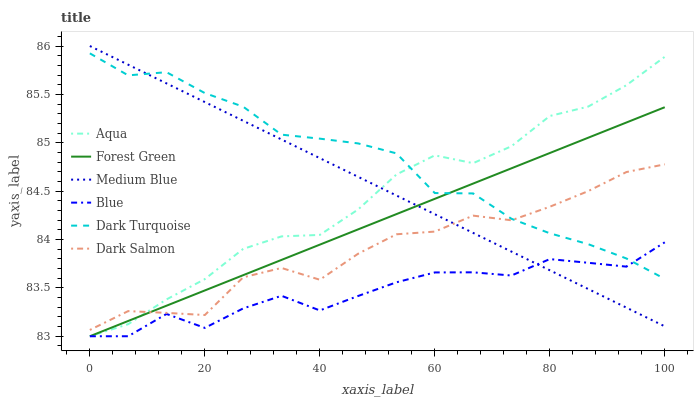
| xaxis_label | Aqua | Forest Green | Medium Blue | Blue | Dark Turquoise | Dark Salmon |
 | --- | --- | --- | --- | --- | --- | --- |
 | 0 | 83 | 83 | 86 | 83 | 85.9 | 83.1 |
 | 6.67 | 83.1 | 83.2 | 85.8 | 83 | 85.7 | 83.3 |
 | 13.3 | 83.4 | 83.3 | 85.6 | 83.2 | 85.7 | 83.2 |
 | 20 | 83.6 | 83.5 | 85.4 | 83.1 | 85.5 | 83.2 |
 | 26.7 | 83.9 | 83.6 | 85.2 | 83.3 | 85.4 | 83.6 |
 | 33.3 | 84 | 83.8 | 85 | 83.4 | 85.1 | 83.7 |
 | 40 | 84 | 83.9 | 84.8 | 83.3 | 85 | 83.6 |
 | 46.7 | 84.3 | 84.1 | 84.6 | 83.4 | 85 | 83.9 |
 | 53.3 | 84.7 | 84.3 | 84.5 | 83.6 | 84.9 | 84.1 |
 | 60 | 84.9 | 84.4 | 84.3 | 83.7 | 84.5 | 84.1 |
 | 66.7 | 84.8 | 84.6 | 84.1 | 83.7 | 84.5 | 84.2 |
 | 73.3 | 85 | 84.7 | 83.9 | 83.6 | 84.2 | 84.2 |
 | 80 | 85.3 | 84.9 | 83.7 | 83.8 | 84.1 | 84.3 |
 | 86.7 | 85.4 | 85.1 | 83.5 | 83.8 | 84 | 84.5 |
 | 93.3 | 85.6 | 85.2 | 83.3 | 83.7 | 83.8 | 84.7 |
 | 100 | 85.9 | 85.4 | 83.1 | 84 | 83.6 | 84.8 |